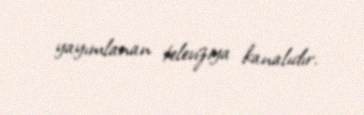
yayımlanan televiziya kanalıdır.